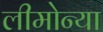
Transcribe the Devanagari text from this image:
लीमोन्या